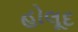
હોલૂદ